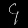
Digit: ၄